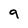
Character: 9